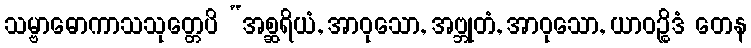
သမ္ဗာဓောကာသသုတ္တေပိ “အစ္ဆရိယံ, အာဝုသော, အဗ္ဘုတံ, အာဝုသော, ယာဝဉ္စိဒံ တေန